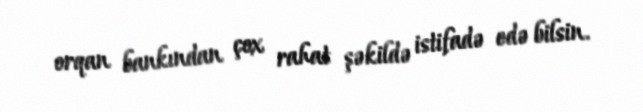
orqan bankından çox rahat şəkildə istifadə edə bilsin.